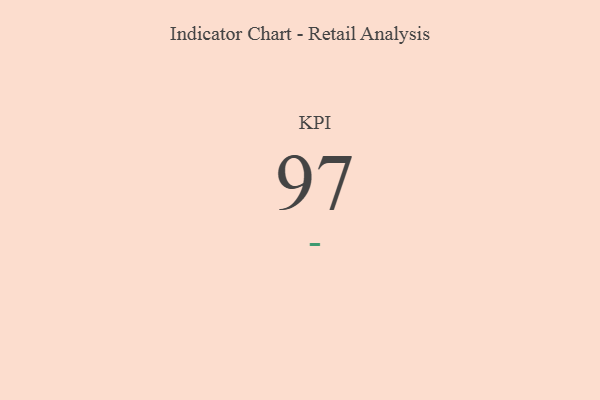
{"axis": {"x": "KPI", "y": "Value"}, "legend": [""], "data": [{"x": "KPI", "y": 97, "type": ""}]}